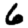
Digit: 6